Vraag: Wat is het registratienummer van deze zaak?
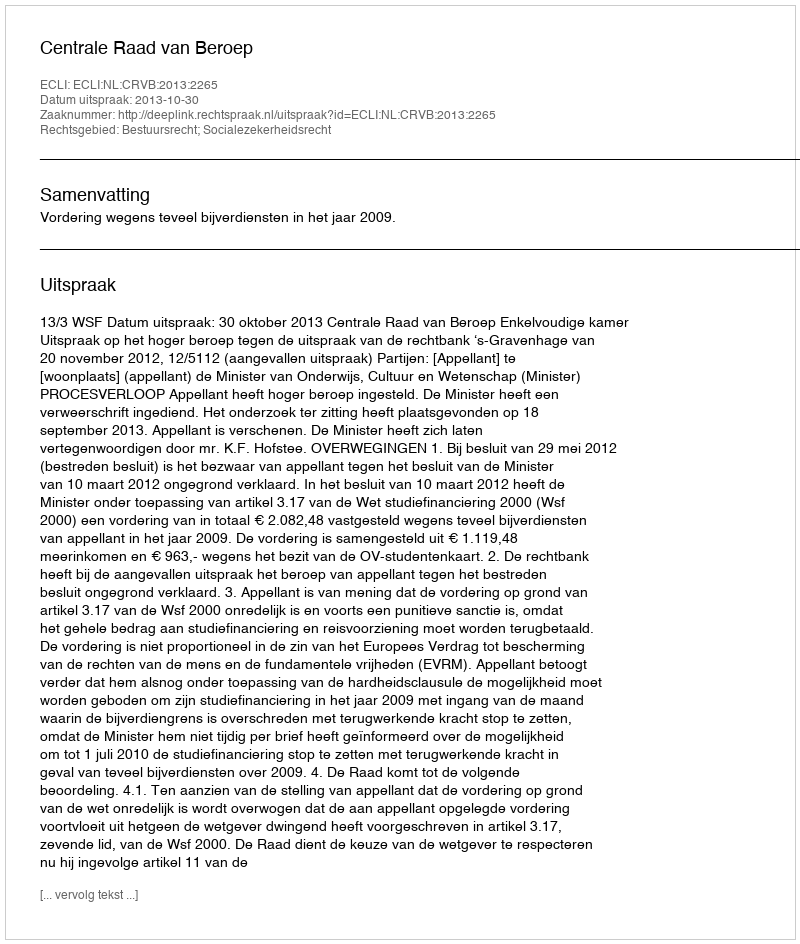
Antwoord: http://deeplink.rechtspraak.nl/uitspraak?id=ECLI:NL:CRVB:2013:2265